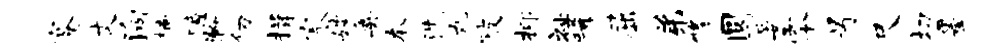
蹇丈殉楠噫瀚仞揖宸娉奥本洗丸陂抑祉唏屈弟修圜晏零号尺切墨